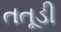
તતૂડી